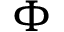
\Phi